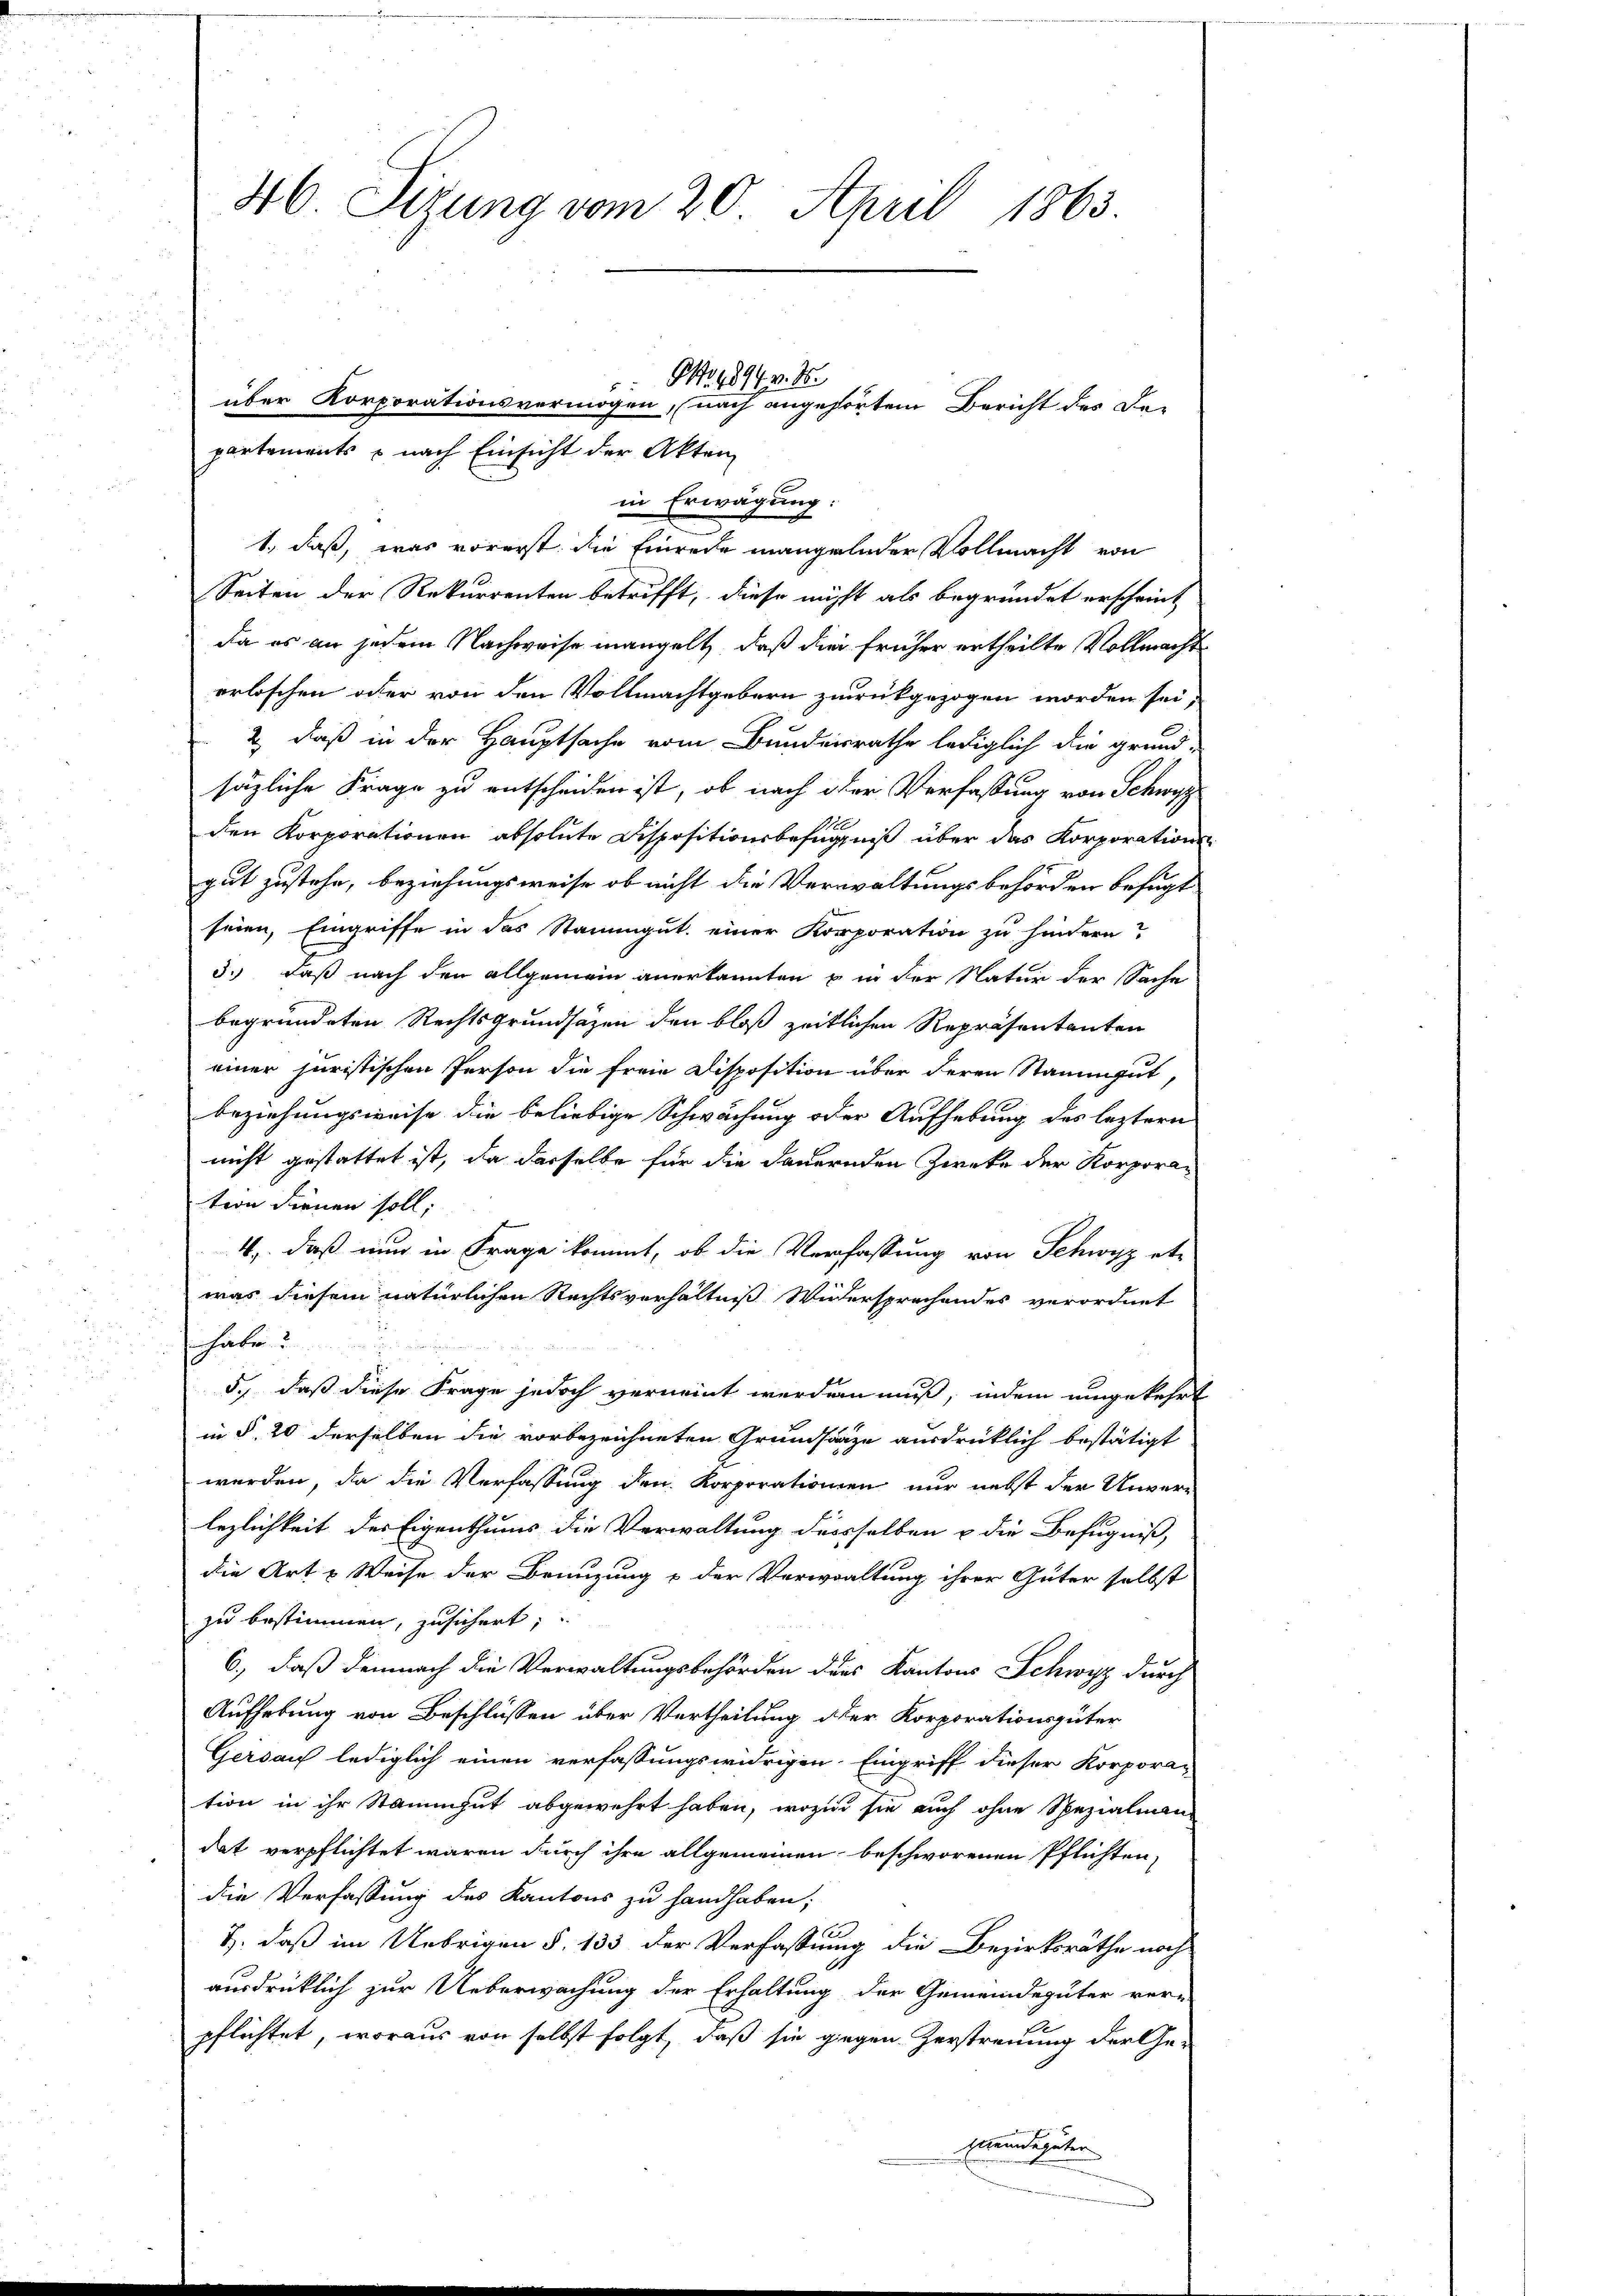
46. Sizung vom 20. April 1863.
Ao. 1894 v. M.
x
über Korporationsvermögen, nach angehörtem Bericht des De-
partements & nach Einsicht der Akten

Seiten der Rekurrenten betrifft, diese nicht als begründet erscheint
da es an jedem Nachweise mangelt, daß die früher ertheilte Vollmacht
erloschen oder von den Vollmachtgebern zurückgezogen worden sei,
2) daß in der Hauptsache vom Bunderrathe lediglich die grund-
säzliche Frage zu entscheiden ist, ob nach der Verfassung von Schwyz
A.
1
den Korporationen absolute Dispositionsbefugniß über das Korporation
gut zustehe, beziehungsweise ob nicht die Verwaltungsbehörden befugt
seien, Eingriffe in das Stammgut. einer Korporation zu hindern?
3.) Daß nach den allgemein anerkannten u in der Natur der Sache
begründeten Rechtsgrundsätzen den bloß zeitlichen Repräsentanten
einer juristischen Person die freie Disposition über deren Stammgut,
beziehungsweise die beliebige Schwächung oder Aufhebung des leztern
nicht gestattet ist, da dasselbe für die dauernden Zwecke der Korporation dienen soll;
4, daß nun in Frage kommt, ob die Verfassung von Schwyz etwas diesem natürlichen Rechtsverhältniß Widersprachendes verordnet
habe?
5., daß diese Frage jedoch verneint werden muß, indem umgekehrt
in §. 20 derselben die vorbezeichneten Grundsätze ausdrücklich bestätigt
werden, da die Verfassung den Korporationen nur nebst der Unverlezlichkeit des Eigenthums die Verwaltung desselben u die Befugniß,
die Art & Weise der Brünzung & der Verwaltung ihrer Güter selbst
zu bestimmen, zusichert;
6., daß demnach die Verwaltungsbehörden des Kantons Schwyz durch
Aufhebung von Beschlüssen über Vertheilung der Korporationsgüter
Gersauf lediglich einen verfassungswidrigen. Eingriff dieser Korpora-
tion in ihr Stammgut abgewehrt haben, wozu sie auch ohne Spezialien-
dat verpflichtet waren durch ihre allgemeinen beschworenen Pflichten,
die Verfassung des Kantons zu handhaben;
J. daß im Uebrigen §. 133 der Verfassung die Bezirksräthe noch
ausdrücklich zur Ueberwachung der Erhaltung der Gemeindegüter ver-
pflichtet, woraus von selbst folgt, daß sie gegen Zerstreuung der Ger
Meindegüter

in Erwägung:
1., daß, was vorerst die Einrede mangelnder Vollmacht von